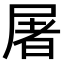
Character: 屠